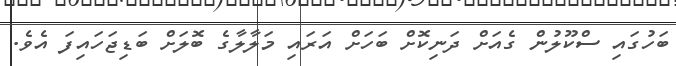
ބަހުގައި ސްކޫލުން ގެއަށް ދަނިކޮށް ބަހަށް އަރައި މަލާލާގެ ބޮލަށް ބަޑިޖަހައިފަ އެވެ.